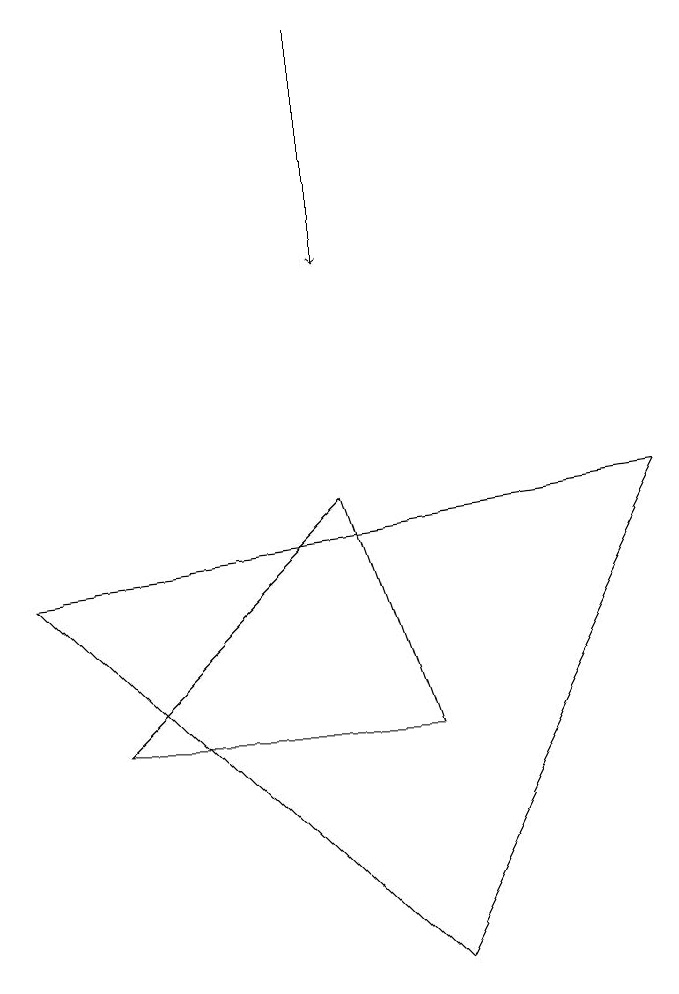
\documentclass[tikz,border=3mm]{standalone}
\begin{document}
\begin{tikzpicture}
\draw (1,6) -- (5,6) -- (4,9) -- cycle;
\draw[->] (4,15) -- (4,12);
\draw (8,9) -- (5,3) -- (0,8) -- cycle;
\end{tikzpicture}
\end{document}